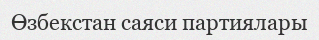
Өзбекстан саяси партиялары